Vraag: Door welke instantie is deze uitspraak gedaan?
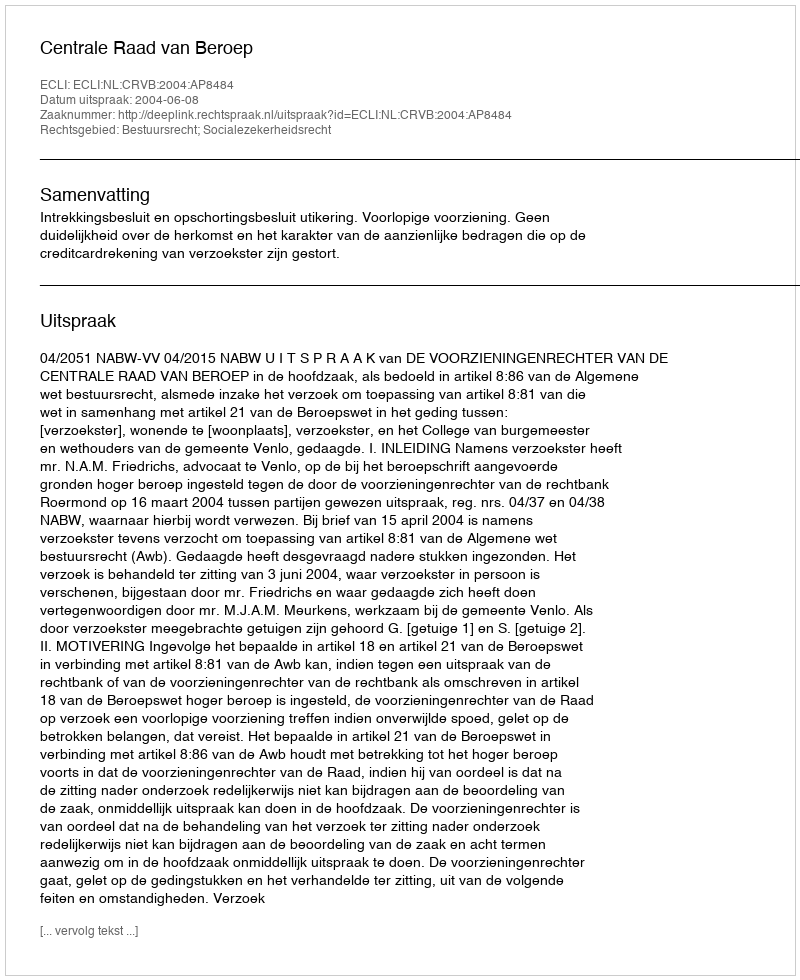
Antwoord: Centrale Raad van Beroep